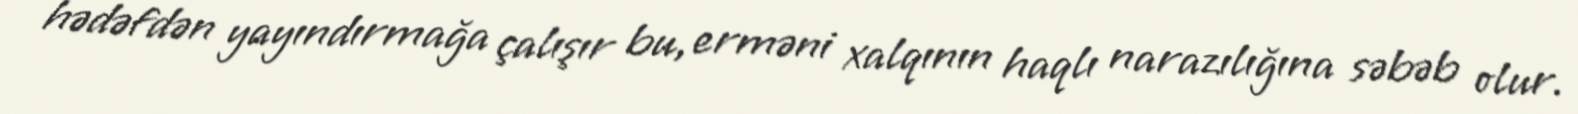
hədəfdən yayındırmağa çalışır bu, erməni xalqının haqlı narazılığına səbəb olur.